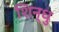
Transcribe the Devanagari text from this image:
शिन्धु